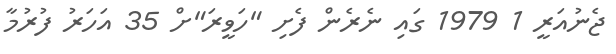
ޖެނުއަރީ 1 1979 ގައި ނެރެން ފެށި "ހަވީރަ"ށް 35 އަހަރު ފުރުމާ